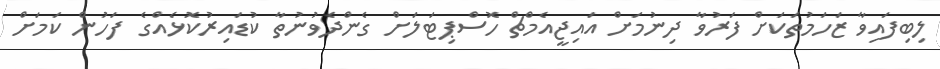
ލިބިފައިވާ ޒަހަމުތަކަށް ފަރުވާ ދިނުމަށް އައިޖީއެމްޗް ހޮސްޕިޓަލަށް ގެންދެވުނުތާ ކުޑައިރުކޮޅެއްގެ ފަހުން ކަމަށް